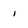
Character: i